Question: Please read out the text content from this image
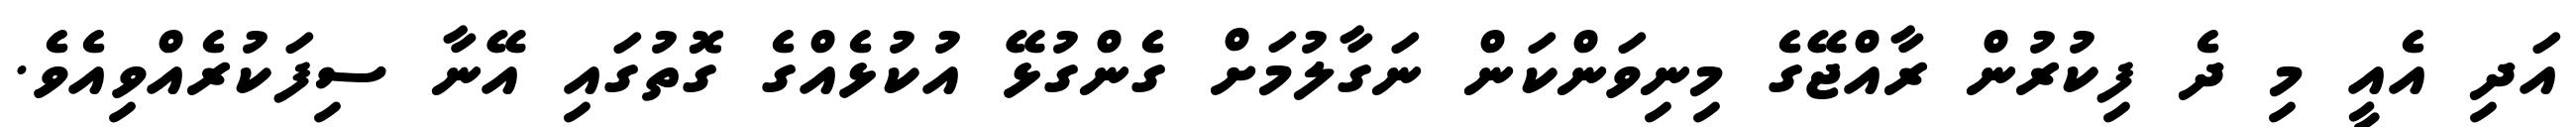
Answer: އަދި އެއީ މި ދެ ފިކުރުން ރާއްޖޭގެ މިނިވަންކަން ނަގާލުމަށް ގެންގުޅޭ އުކުޅެއްގެ ގޮތުގައި އޭނާ ސިފަކުރެއްވިއެވެ.